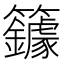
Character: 𰪥